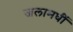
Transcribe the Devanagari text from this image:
जलामधीं